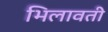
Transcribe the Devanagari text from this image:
भिलावती